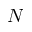
N